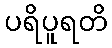
ပရိပူရတိ